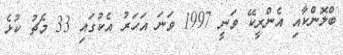
ބްލޮންކާއި އެންރީކޭ ވަނީ 1997 ވަނަ އަހަރު އެކުގައި 33 މެޗު ކުޅެ